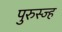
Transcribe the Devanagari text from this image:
पुरुस्ज्ह